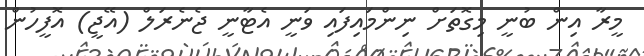
މީރާ އިން ބުނީ މިގޮތަށް ނިންމައިފައި ވަނީ އެޓާނީ ޖެނެރަލް (އޭޖީ) އޮފީހުން